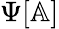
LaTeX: \Psi[\mathbb{A}]